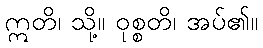
ဣတိ၊ သို့။ ဝုစ္စတိ၊ အပ်၏။